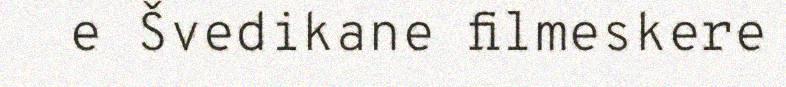
e Švedikane filmeskere